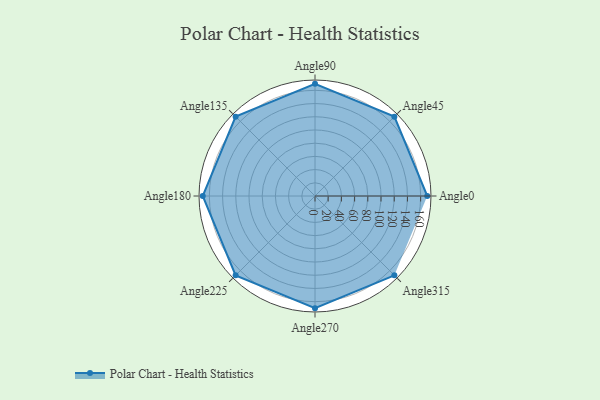
{"axis": {"x": "Angle", "y": "Radius"}, "legend": [""], "data": [{"x": "Angle0", "y": 170, "type": ""}, {"x": "Angle45", "y": 170, "type": ""}, {"x": "Angle90", "y": 170, "type": ""}, {"x": "Angle135", "y": 170, "type": ""}, {"x": "Angle180", "y": 170, "type": ""}, {"x": "Angle225", "y": 170, "type": ""}, {"x": "Angle270", "y": 170, "type": ""}, {"x": "Angle315", "y": 170, "type": ""}]}